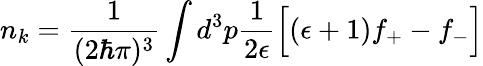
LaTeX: n_{k}=\frac{1}{(2\hbar\pi)^{3}}\int d^{3}p\frac{1}{2\epsilon}\Big[(\epsilon+1)f_{+}-f_{-}\Big]